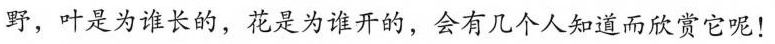
野，叶是为谁长的，花是为谁开的，会有几个人知道而欣贪它呢!